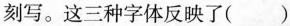
刻写。这三种字体反映了()